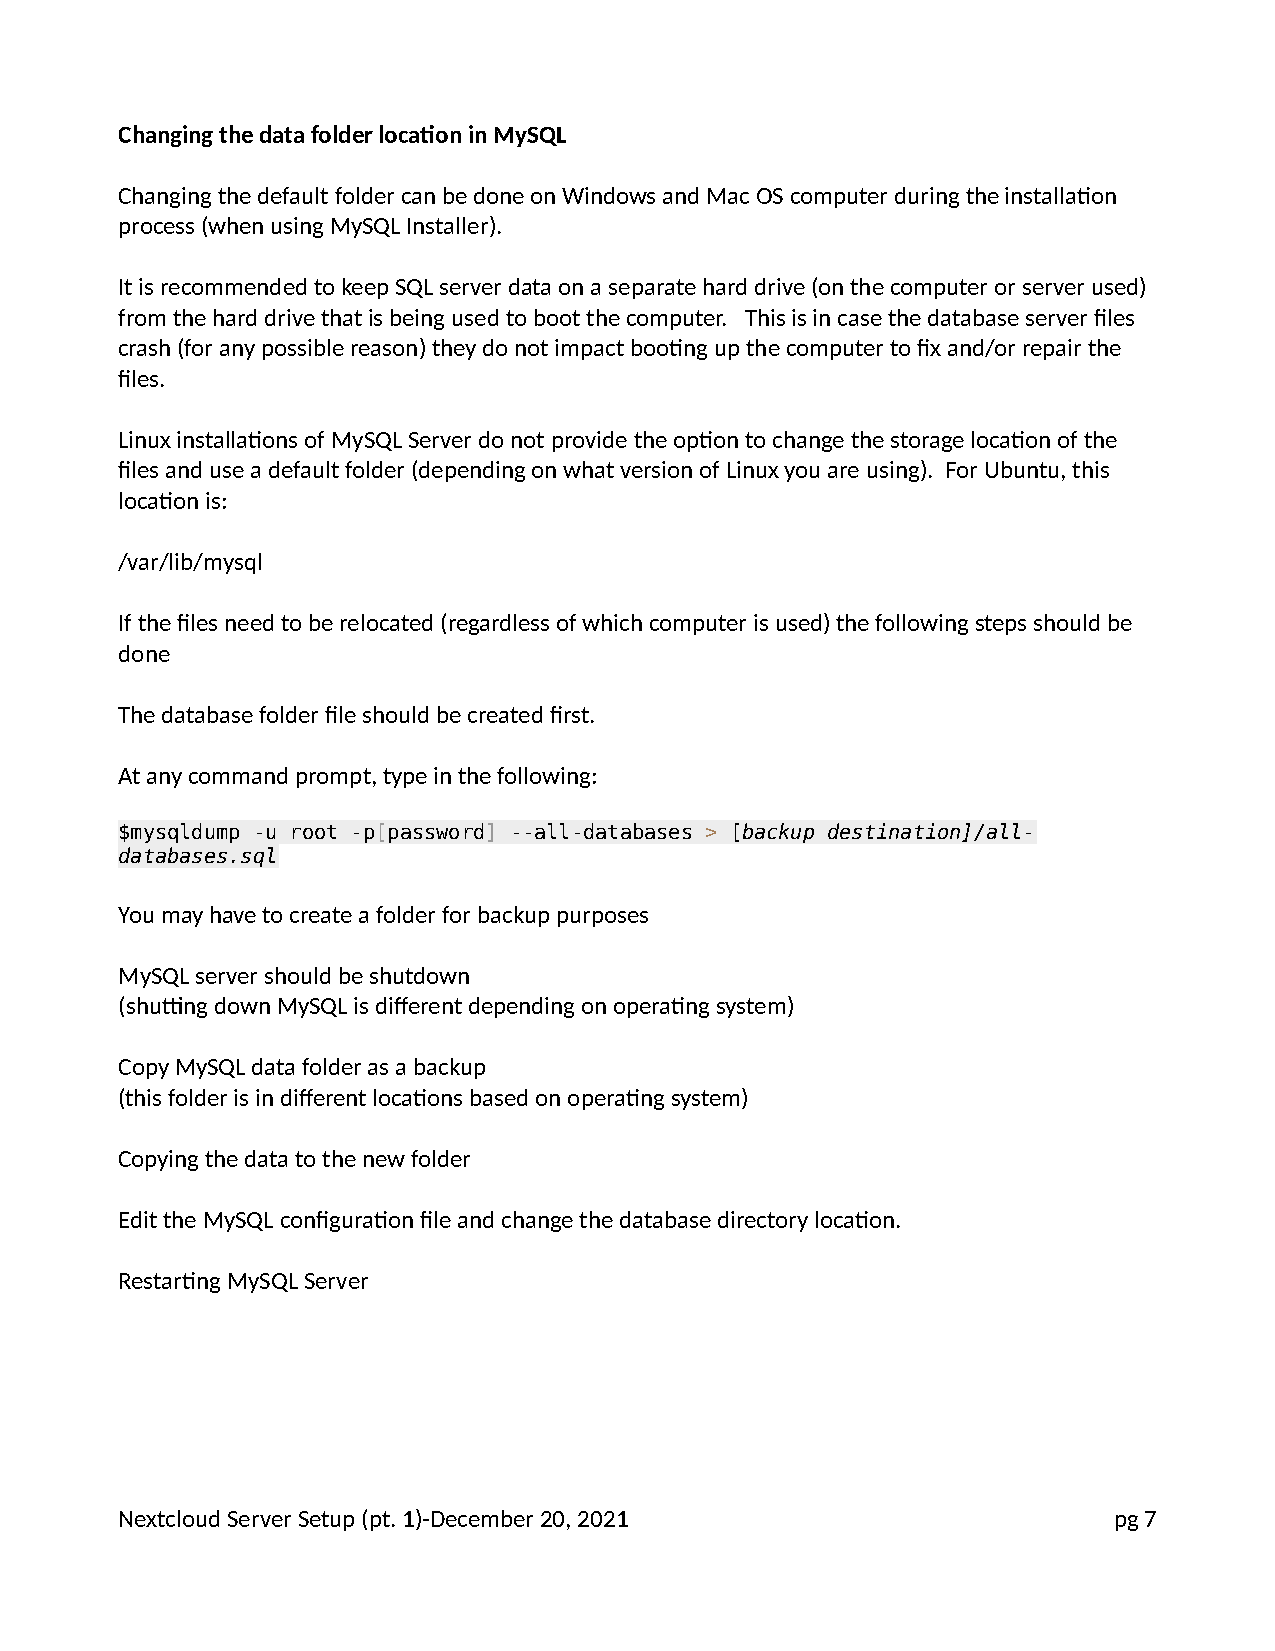
Changing the data folder location in MySQL
 Changing the default folder can be done on Windows and Mac OS computer during the installation
 process (when using MySQL Installer).
 It is recommended to keep SQL server data on a separate hard drive (on the computer or server used)
 from the hard drive that is being used to boot the computer. This is in case the database server files
 crash (for any possible reason) they do not impact booting up the computer to fix and/or repair the
 files.
 Linux installations of MySQL Server do not provide the option to change the storage location of the
 files and use a default folder (depending on what version of Linux you are using). For Ubuntu, this
 location is:
 /var/lib/mysql
 If the files need to be relocated (regardless of which computer is used) the following steps should be
 done
 The database folder file should be created first.
 At any command prompt, type in the following:
 $mysqldump -u root -p[password] --all-databases > [backup destination]/all-
 databases.sql
 You may have to create a folder for backup purposes
 MySQL server should be shutdown
 (shutting down MySQL is different depending on operating system)
 Copy MySQL data folder as a backup
 (this folder is in different locations based on operating system)
 Copying the data to the new folder
 Edit the MySQL configuration file and change the database directory location.
 Restarting MySQL Server
 Nextcloud Server Setup (pt. 1)-December 20, 2021                  pg 7